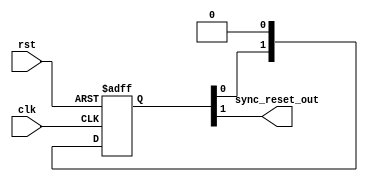
// This program was cloned from: https://github.com/antmicro/nvme-verilog-pcie
// License: MIT License

/*

Copyright (c) 2014-2018 Alex Forencich

Permission is hereby granted, free of charge, to any person obtaining a copy
of this software and associated documentation files (the "Software"), to deal
in the Software without restriction, including without limitation the rights
to use, copy, modify, merge, publish, distribute, sublicense, and/or sell
copies of the Software, and to permit persons to whom the Software is
furnished to do so, subject to the following conditions:

The above copyright notice and this permission notice shall be included in
all copies or substantial portions of the Software.

THE SOFTWARE IS PROVIDED "AS IS", WITHOUT WARRANTY OF ANY KIND, EXPRESS OR
IMPLIED, INCLUDING BUT NOT LIMITED TO THE WARRANTIES OF MERCHANTABILITY
FITNESS FOR A PARTICULAR PURPOSE AND NONINFRINGEMENT. IN NO EVENT SHALL THE
AUTHORS OR COPYRIGHT HOLDERS BE LIABLE FOR ANY CLAIM, DAMAGES OR OTHER
LIABILITY, WHETHER IN AN ACTION OF CONTRACT, TORT OR OTHERWISE, ARISING FROM,
OUT OF OR IN CONNECTION WITH THE SOFTWARE OR THE USE OR OTHER DEALINGS IN
THE SOFTWARE.

*/

// Language: Verilog-2001

`timescale 1 ns / 1 ps

/*
 * Synchronizes an active-high asynchronous reset signal to a given clock by
 * using a pipeline of N registers.
 */
module sync_reset #(
    parameter N=2 // depth of synchronizer
)(
    input wire clk,
    input wire rst,
    output wire sync_reset_out
);

reg [N-1:0] sync_reg = {N{1'b1}};

assign sync_reset_out = sync_reg[N-1];

always @(posedge clk or posedge rst) begin
    if (rst)
        sync_reg <= {N{1'b1}};
    else
        sync_reg <= {sync_reg[N-2:0], 1'b0};
end

endmodule